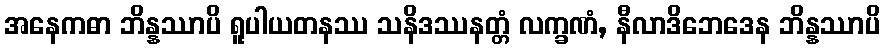
အနေကဓာ ဘိန္နဿာပိ ရူပါယတနဿ သနိဒဿနတ္တံ လက္ခဏံ, နီလာဒိဘေဒေန ဘိန္နဿာပိ